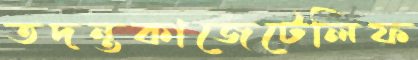
তদন্তকাজেটেলিফ